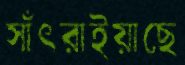
সাঁৎরাইয়াছে